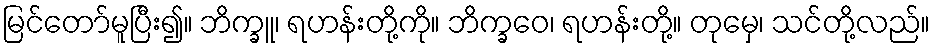
မြင်တော်မူပြီး၍။ ဘိက္ခူ၊ ရဟန်းတို့ကို။ ဘိက္ခဝေ၊ ရဟန်းတို့။ တုမှေ၊ သင်တို့လည်။